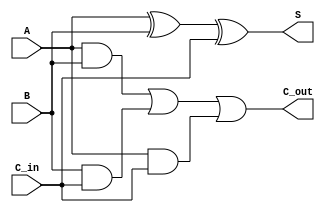
module full_adder (
    input A, // Binary digit A
    input B, // Binary digit B
    input C_in, // Carry input
    output S, // Sum output
    output C_out // Carry output
);

assign S = A ^ B ^ C_in; // Sum output
assign C_out = (A & B) | (B & C_in) | (A & C_in); // Carry output

endmodule